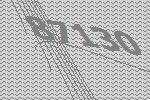
87130